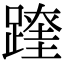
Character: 𨅆